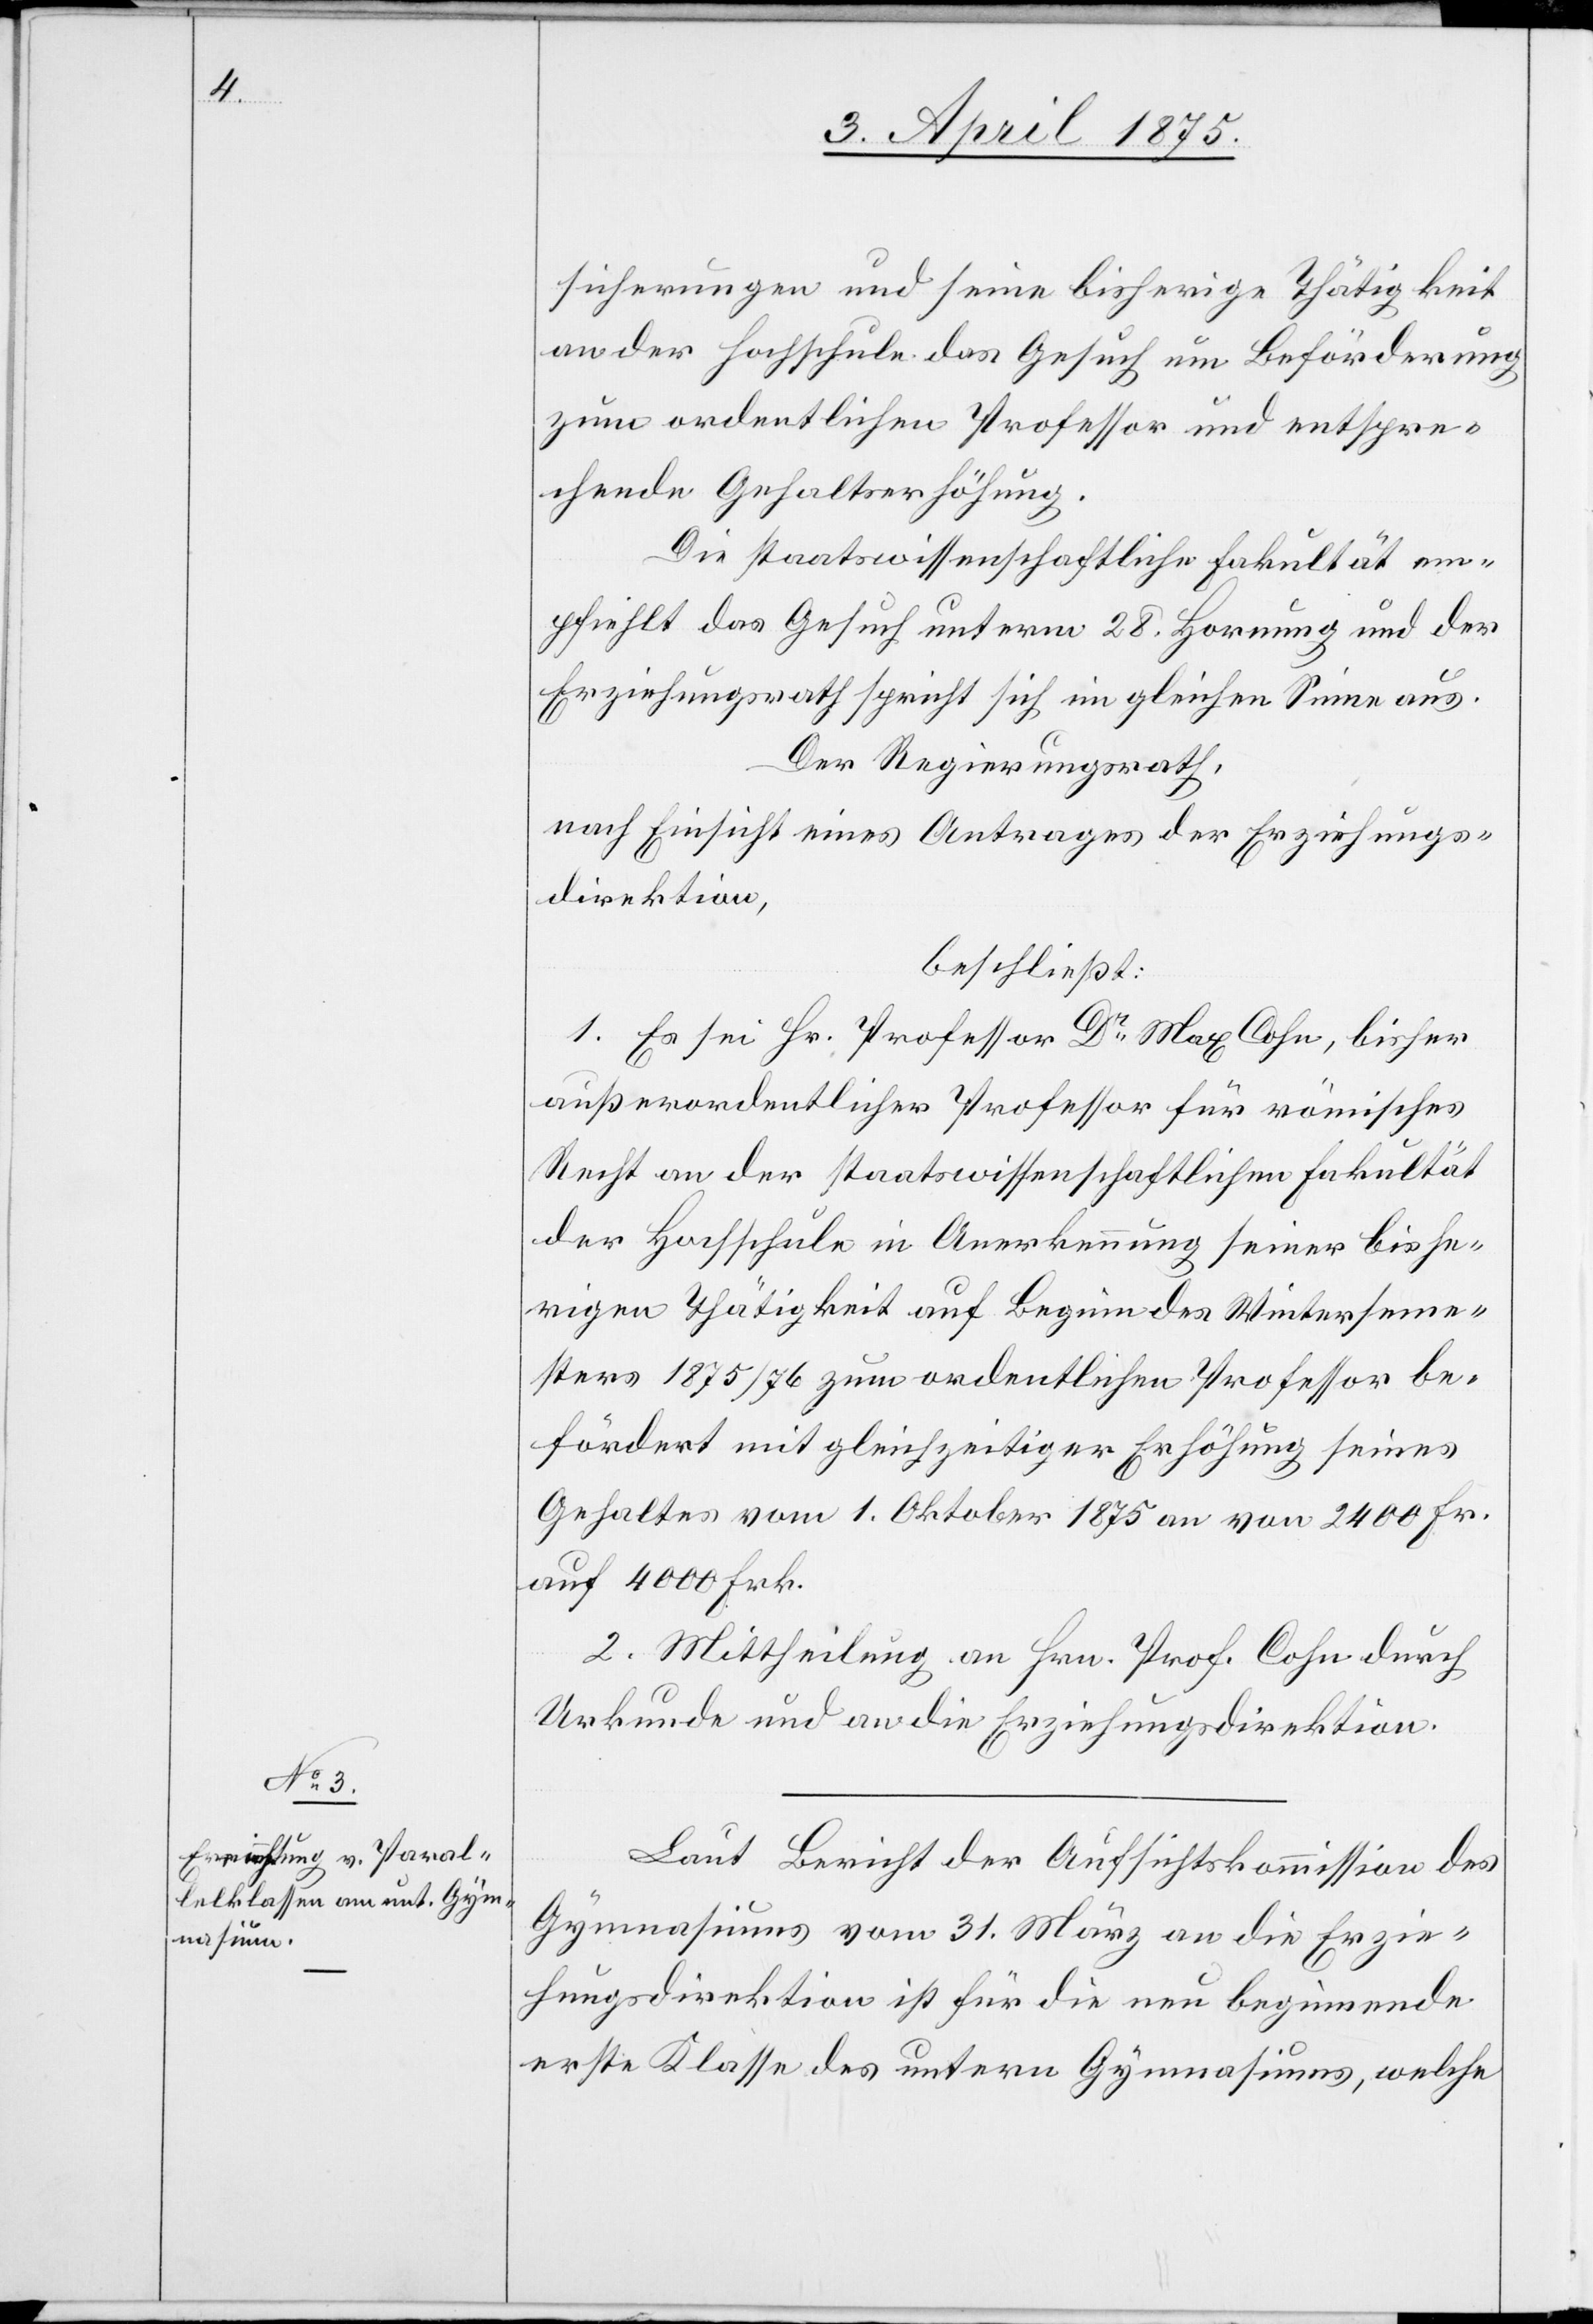
sicherungen und seine bisherige Thätigkeit
an der Hochschule das Gesuch um Beförderung
zum ordentlichen Professor und entspre¬
chende Gehalterhöhung.
Die staatswissenschaftliche Fakultät em¬
pfiehlt das Gesuch unterm 28. Hornung und der
Erziehungsrath spricht sich im gleichen Sinne aus.
Der Regierungsrath,
nach Einsicht eines Antrages der Erziehungs¬
direktion,
beschließt:
1. Es sei Hr. Professor Dr Max Cohn, bisher
außerordentlicher Professor für römisches
Recht an der staatswissenschaftlichen Fakultät
der Hochschule in Anerkennung seiner bishe¬
rigen Thätigkeit auf Beginn des Winterseme¬
sters 1875/76 zum ordentlichen Professor be¬
fördert mit gleichzeitiger Erhöhung seines
Gehaltes vom 1. Oktober 1875 von 2400 Fr.
auf 4000 Frk.
2. Mittheilung an Hrn. Prof. Cohn durch
Urkunde und an die Erzeihungsdirektion.
Laut Bericht der Aufsichtskommission des
Gymnasiums vom 31. März an die Erzie¬
hungsdirektion ist für die neu beginnende
erste Klasse des untern Gymnasiums, welche